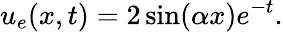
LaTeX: u_{e}(x,t)=2\sin(\alpha x)e^{-t}.